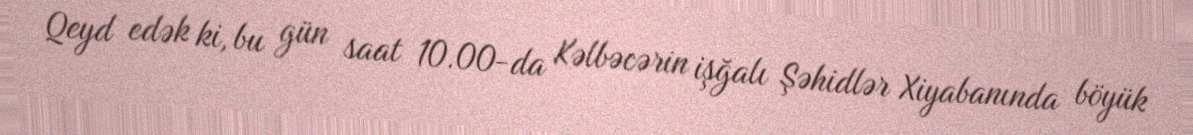
Qeyd edək ki, bu gün saat 10.00-da Kəlbəcərin işğalı Şəhidlər Xiyabanında böyük